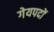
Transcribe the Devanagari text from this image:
गेयपदों